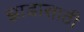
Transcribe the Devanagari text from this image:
झाडासाठी